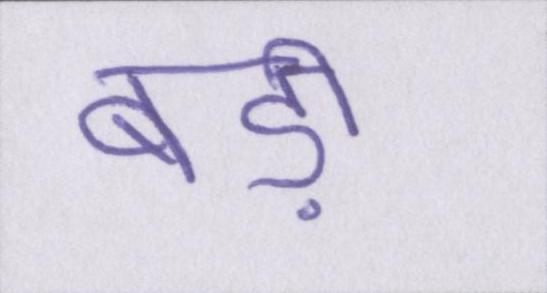
बड़ी